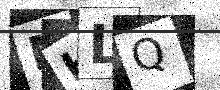
Text: MHLQ